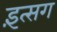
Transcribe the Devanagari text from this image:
इंत्सग